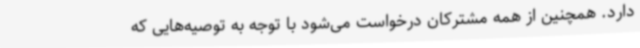
دارد. همچنین از همه مشترکان درخواست می‌شود با توجه به توصیه‌هایی که